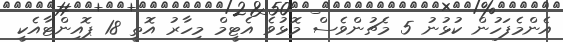
އެންމެފަހުން ކުޅުނު 5 މެޗުންވެސް މޮޅުވެ އެޓީމް މިހާރު އޮތީ 18 ޕޮއިންޓާއެކީ